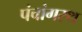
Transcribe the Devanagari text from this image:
पंचांगस्थ